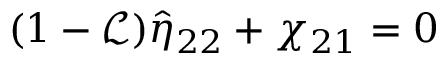
( 1 - \mathcal { L } ) \hat { \eta } _ { 2 2 } + \chi _ { 2 1 } = 0